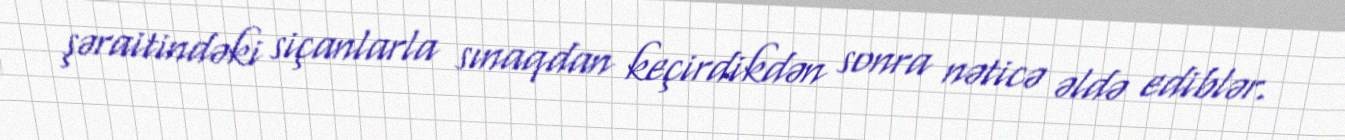
şəraitindəki siçanlarla sınaqdan keçirdikdən sonra nəticə əldə ediblər.